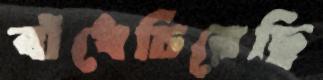
বাঁধেচিরেছি